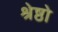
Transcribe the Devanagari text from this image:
श्रेष्ठो